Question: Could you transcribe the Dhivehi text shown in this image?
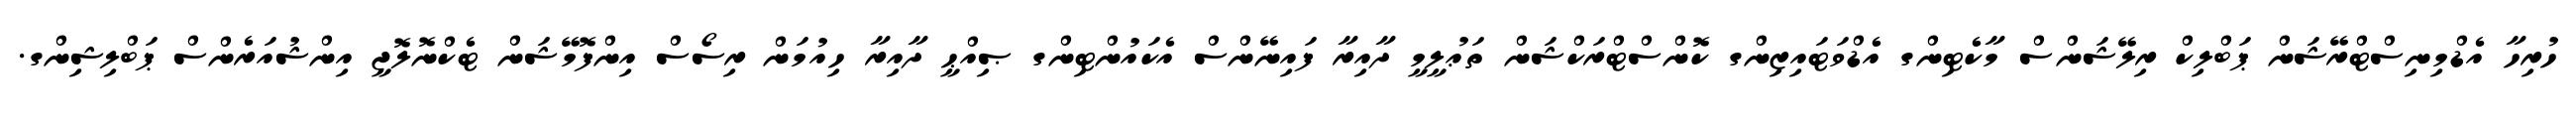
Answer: ހުރިހާ އެޑްމިނިސްޓްރޭޝަން ޕަބްލިކް ރިލޭޝަންސް މާކެޓިންގ އެޑްވަޓައިޒިންގ ކޮންސްޓްރަކްޝަން ތަޢުލީމީ ދާއިރާ ފައިނޭންސް އެކައުންޓިންގ ޞިއްޙީ ދާއިރާ ހިއުމަން ރިސޯސް އިންފޮމޭޝަން ޓެކްނޮލޮޖީ އިންޝުއަރެންސް ޕަބްލިޝިންގ.